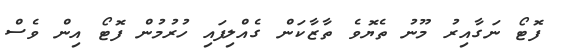
ފޮޓޯ ނަގާއިރު މޫނު ތެޔޮވެ ތާޒާކަން ގެއްލިފައި ހުރުމުން ފޮޓޯ އިން ވެސް